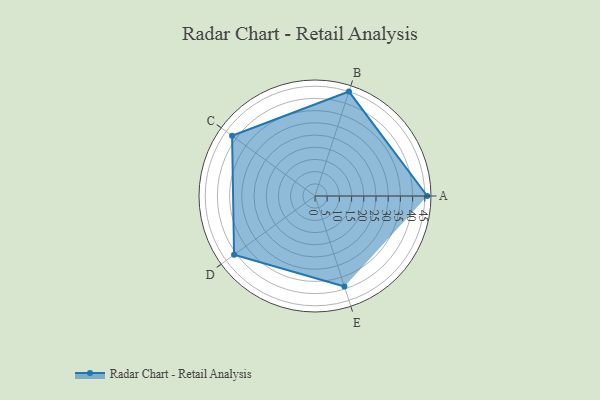
{"axis": {"x": "Skill", "y": "Score"}, "legend": ["Profile"], "data": [{"x": "A", "y": 46.0, "type": "Profile"}, {"x": "B", "y": 45.0, "type": "Profile"}, {"x": "C", "y": 42.0, "type": "Profile"}, {"x": "D", "y": 41.0, "type": "Profile"}, {"x": "E", "y": 39.0, "type": "Profile"}]}